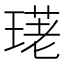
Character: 𤧳